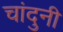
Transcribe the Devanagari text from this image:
चांदुनी